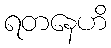
ရတနေဟိ